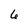
Character: 6